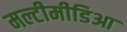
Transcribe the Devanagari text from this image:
मल्टीमीडिआ